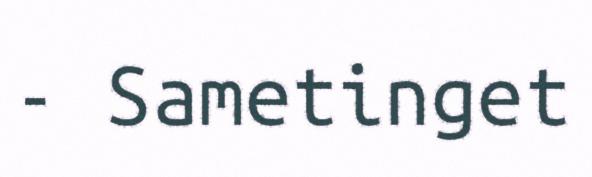
- Sametinget